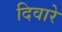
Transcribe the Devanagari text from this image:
दिवारे